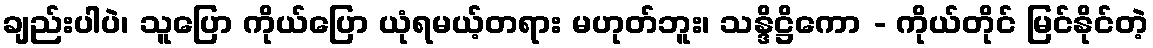
ချည်းပါပဲ၊ သူပြော ကိုယ်ပြော ယုံရမယ့်တရား မဟုတ်ဘူး၊ သန္ဒိဋ္ဌိကော - ကိုယ်တိုင် မြင်နိုင်တဲ့